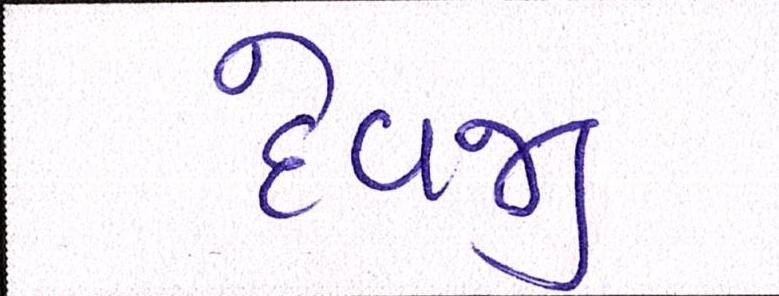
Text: દેવજી